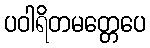
ပဝါရိတမတ္တေပေ